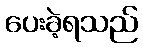
ပေးခဲ့ရသည်